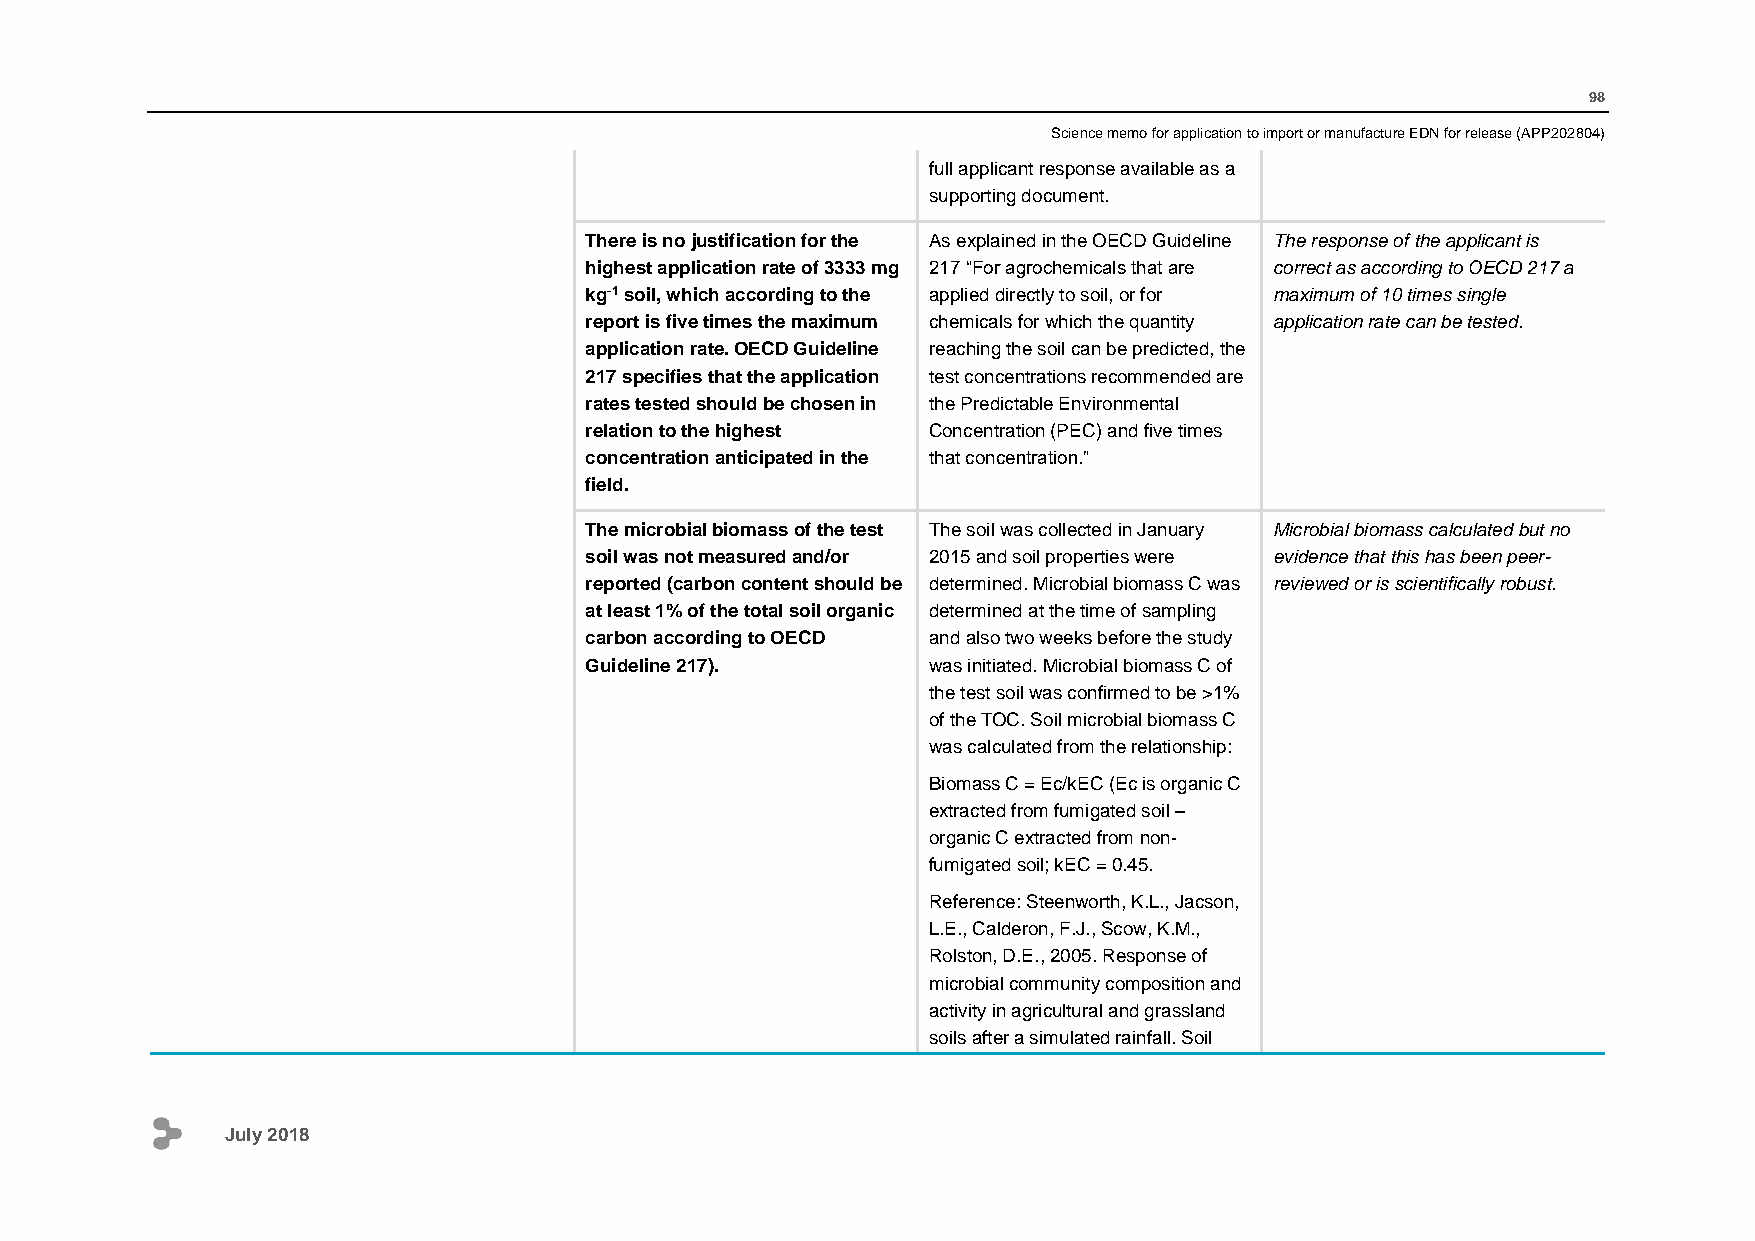
98
 Science memo for application to import or manufacture EDN for release (APP202804)
 full applicant response available as a
 supporting document.
 There is no justification for the As explained in the OECD Guideline The response of the applicant is
 highest application rate of 3333 mg 217 “For agrochemicals that are correct as according to OECD 217 a
 kg-1 soil, which according to the applied directly to soil, or for maximum of 10 times single
 report is five times the maximum chemicals for which the quantity application rate can be tested.
 application rate. OECD Guideline reaching the soil can be predicted, the
 217 specifies that the application test concentrations recommended are
 rates tested should be chosen in the Predictable Environmental
 relation to the highest Concentration (PEC) and five times
 concentration anticipated in the that concentration.”
 field.
 The microbial biomass of the test The soil was collected in January Microbial biomass calculated but no
 soil was not measured and/or 2015 and soil properties were evidence that this has been peer-
 reported (carbon content should be determined. Microbial biomass C was reviewed or is scientifically robust.
 at least 1% of the total soil organic determined at the time of sampling
 carbon according to OECD and also two weeks before the study
 Guideline 217).       was initiated. Microbial biomass C of
 the test soil was confirmed to be >1%
 of the TOC. Soil microbial biomass C
 was calculated from the relationship:
 Biomass C = Ec/kEC (Ec is organic C
 extracted from fumigated soil –
 organic C extracted from non-
 fumigated soil; kEC = 0.45.
 Reference: Steenworth, K.L., Jacson,
 L.E., Calderon, F.J., Scow, K.M.,
 Rolston, D.E., 2005. Response of
 microbial community composition and
 activity in agricultural and grassland
 soils after a simulated rainfall. Soil
 July 2018